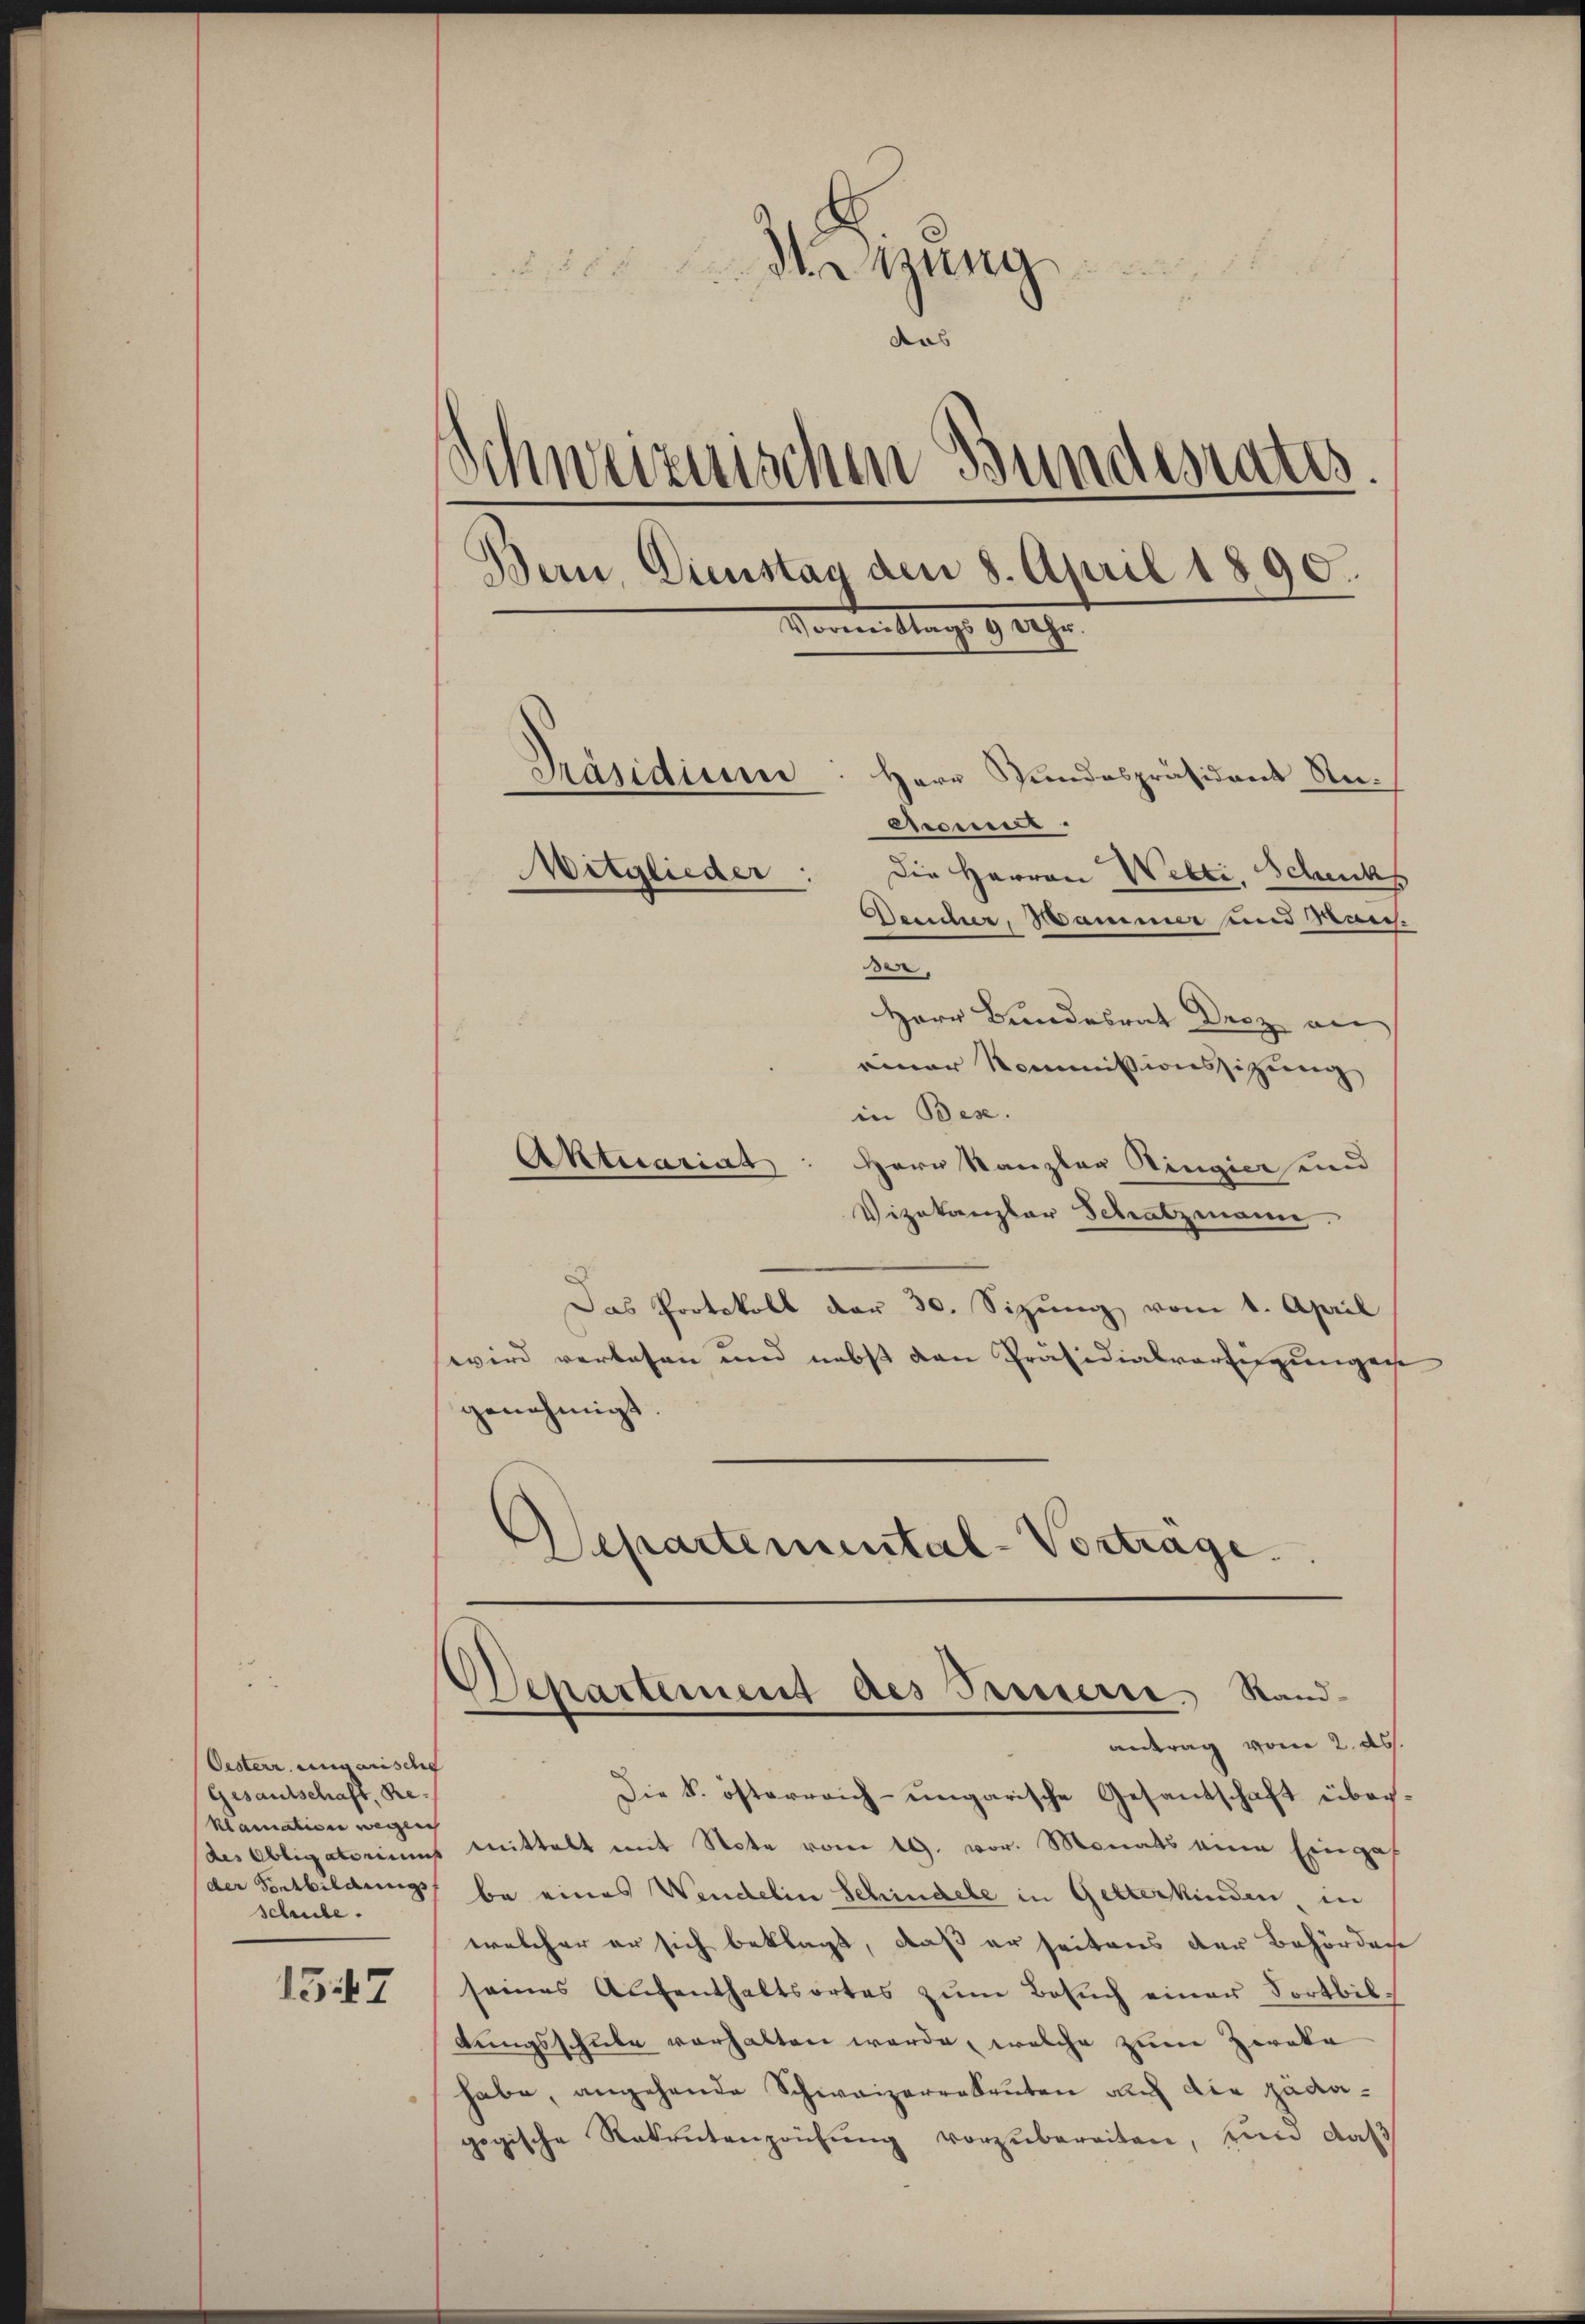
Oesterr ungarische
Gesandschaft, Re¬
Klamation wegen
(der Sontbildungsf
schule.

1547

Magung
aas
Schweizerischen Bundesrates.
Bern. Dienstag den 8. April 1890.
Dorn tags 910.
Präsidium
Herr Hundespräsident Redome.

Die Herren Welti, Schucks
Desicher, Hammer und Marchen,
Herr Bundesrat Droz an
einer Kommissionssitzung
in Bes
Aktuariat
Hern Kanzler Ringier und
Vizekanzlar Schatzmann.
Das Protokoll der 30. Sizung vom 1. April
wird verlesen und nebst den Präsidialvertigungen
genehmigt
Separtemental-Vortrage.

Mitglieder:

Separtement des Innern. Standantrag vom 2. ds.

Die k. österreich-ungarische Gesantschaft überdes Obligatoriums mittelt mit Note vom 19. vor. Monats eine Einga
be eines Wendelin Schindele in Gelterkinden in
welcher er sich beklagt, daß er seitens der Behörderse
seines Aufenthaltsortes zŭm Besŭch einer Fortbiltungsschule vorhalten werde, welche zum Zerika
habe, angehende Schweizerredeuten auch die pädagogische Ratentenzeichung vorzubereiten, und daß